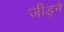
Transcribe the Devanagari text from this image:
जीड़ने